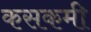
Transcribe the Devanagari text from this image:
कसकमी